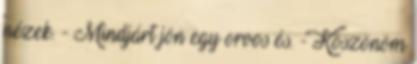
nézek. - Mindjárt jön egy orvos és. - Köszönöm